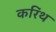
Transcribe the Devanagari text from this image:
करिंथ